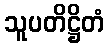
သူပတိဋ္ဌိတံ